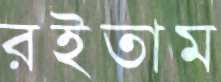
রইতাম